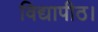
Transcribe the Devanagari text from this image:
विद्यापीठ।